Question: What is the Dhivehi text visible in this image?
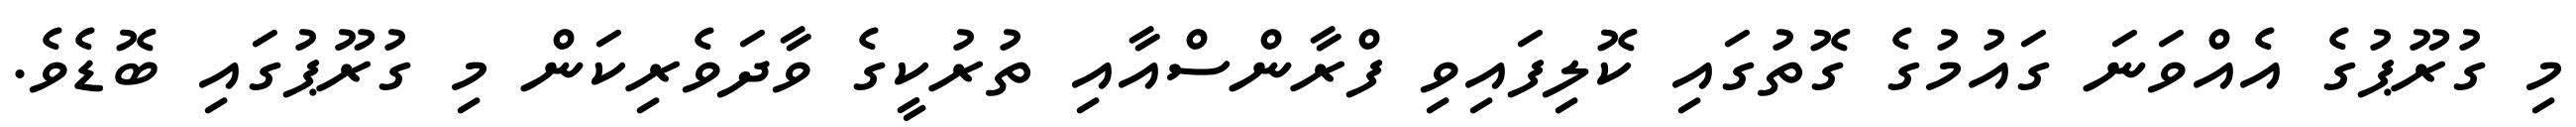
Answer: މި ގުރޫޕުގެ އެއްވަނަ ގައުމުގެ ގޮތުގައި ކޮލިފައިވި ފްރާންސްއާއި ތުރުކީގެ ވާދަވެރިކަން މި ގުރޫޕުގައި ބޮޑެވެ.